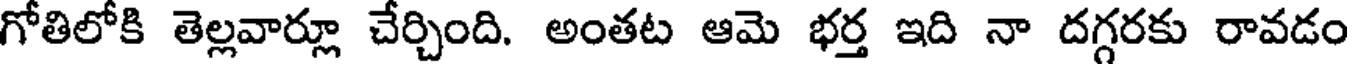
గోతిలోకి తెల్లవార్లూ చేర్చింది. అంతట ఆమె భర్త ఇది నా దగ్గరకు రావడం